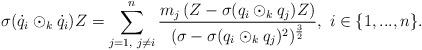
LaTeX: \begin{align*} \sigma(\dot{q}_{i}\odot_{k}\dot{q}_{i})Z=\sum\limits_{j=1,\textrm{ }j\neq i}^{n}\frac{m_{j}\left(Z-\sigma(q_{i}\odot_{k}q_{j})Z\right)}{(\sigma-\sigma(q_{i}\odot_{k}q_{j})^{2})^{\frac{3}{2}}},\textrm{ }i\in\{1,...,n\}. \end{align*}